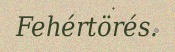
Fehértörés.